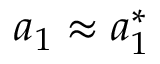
a _ { 1 } \approx a _ { 1 } ^ { * }